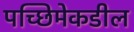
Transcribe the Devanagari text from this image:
पच्छिमेकडील